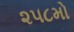
૨૫૮મો